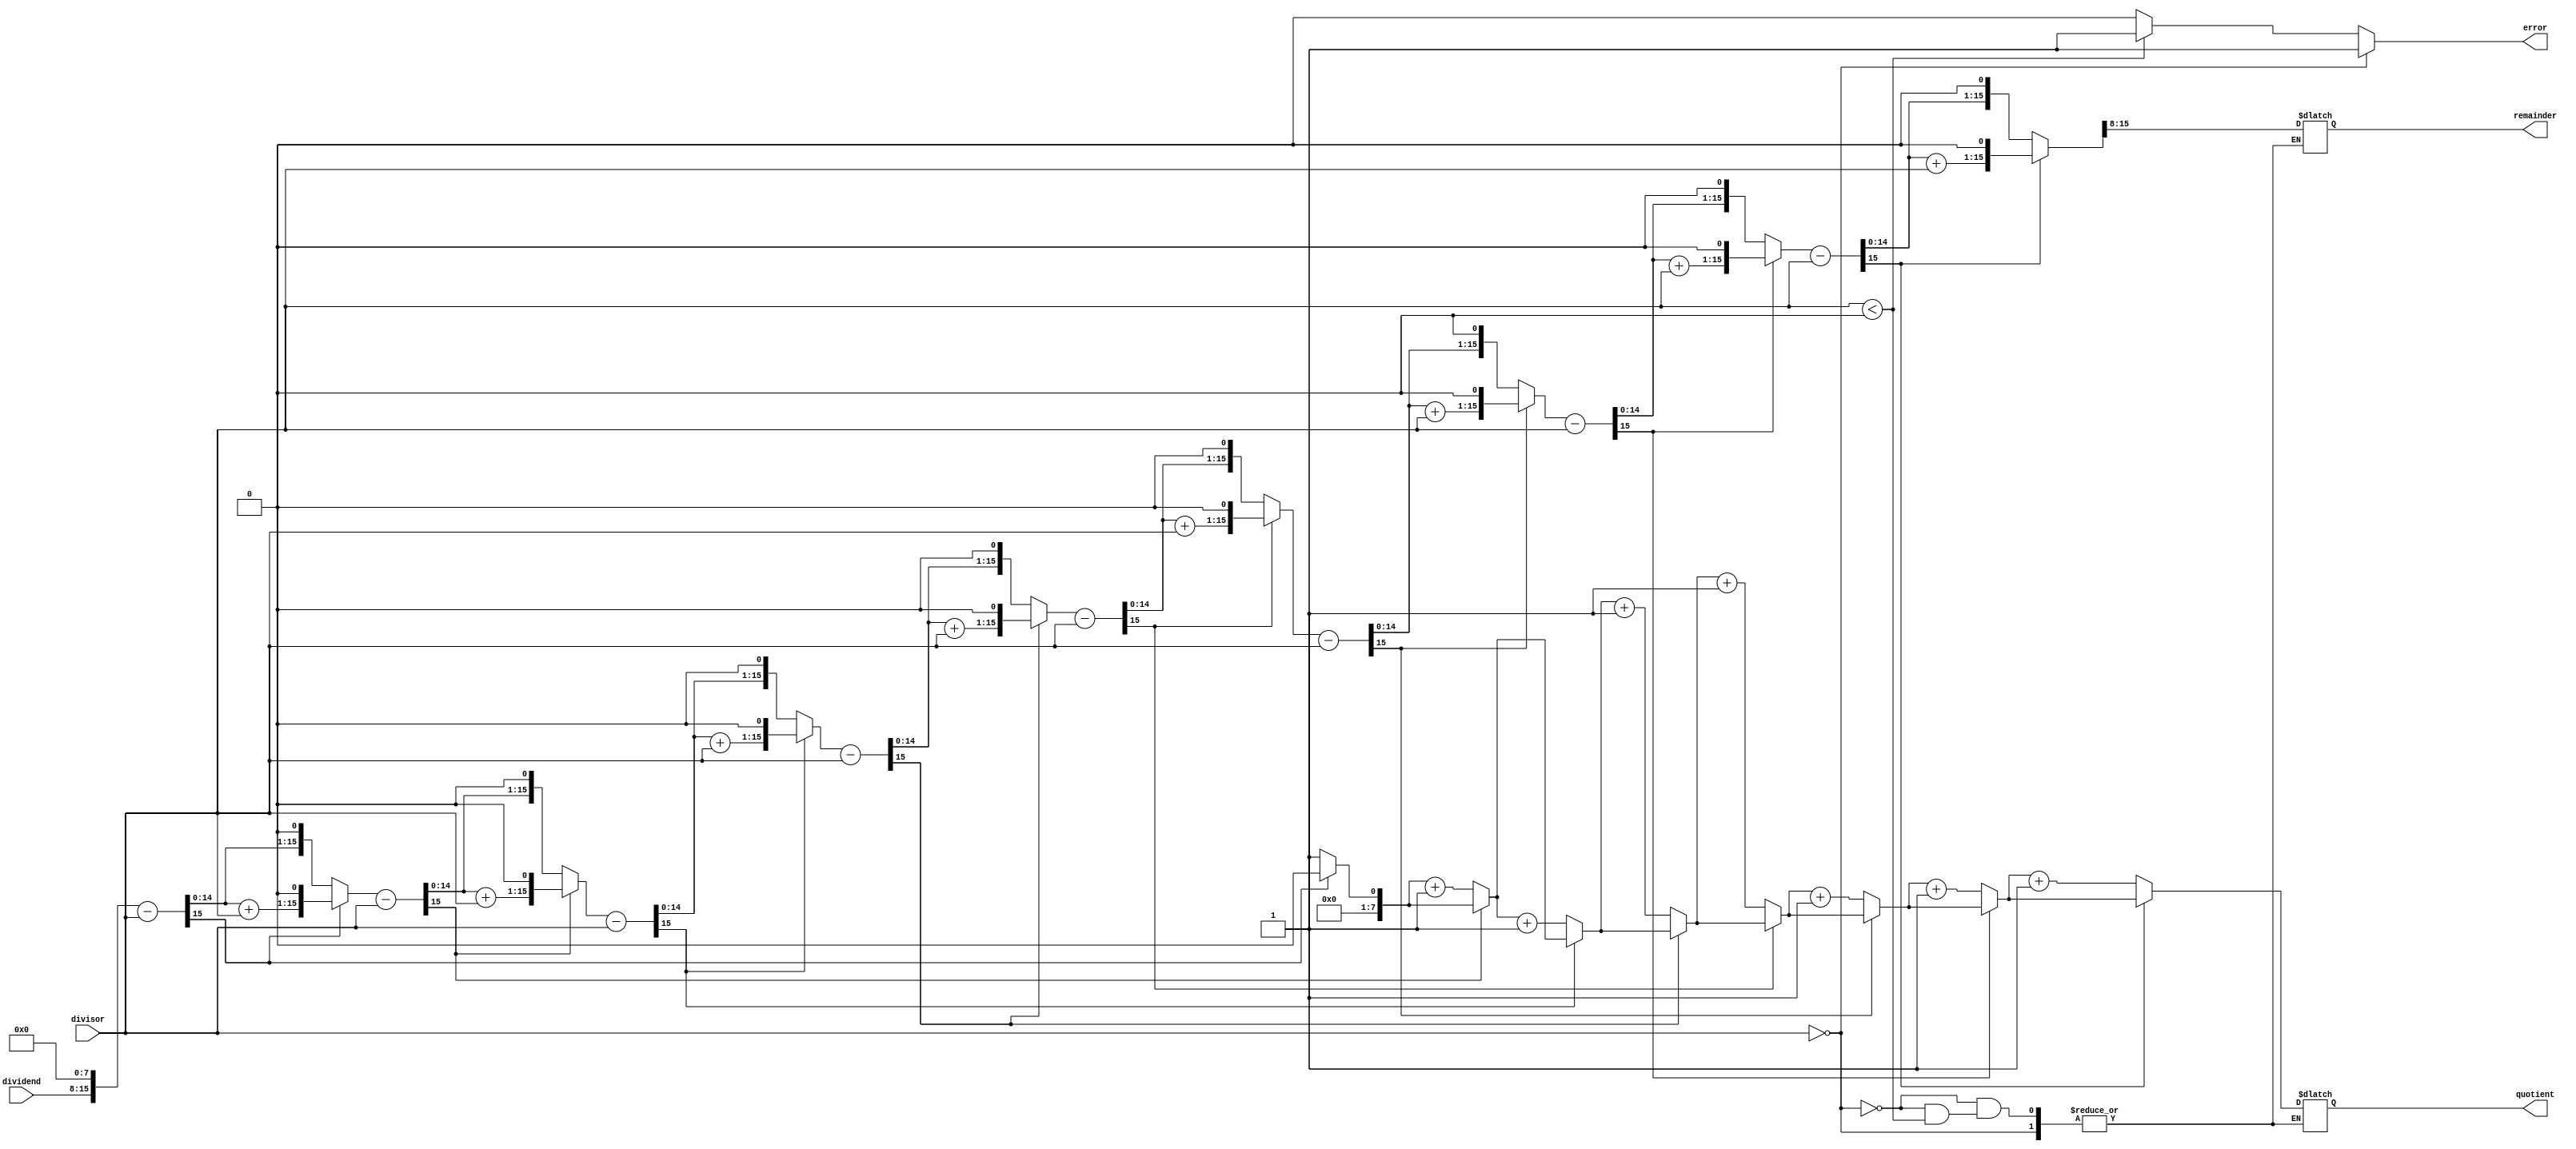
module Divider (
    input wire [7:0] dividend,
    input wire [7:0] divisor,
    output reg [7:0] quotient,
    output reg [7:0] remainder,
    output reg error
);

integer i;
reg [15:0] temp_dividend;

always @(*) begin
    temp_dividend = {dividend, 8'b0}; // Setting up the initial dividend

    if (divisor == 0) begin
        error = 1; // Error handling for divisor being zero
    end else if (divisor < 0) begin
        error = 1; // Error handling for divisor being negative
    end else begin
        error = 0;
        quotient = 0;
        
        for (i = 0; i < 8; i = i + 1) begin
            temp_dividend = temp_dividend - divisor;
            
            if (temp_dividend[15] == 0) begin
                temp_dividend = temp_dividend << 1;
                quotient = quotient + 1;
            end else begin
                temp_dividend = temp_dividend + divisor; // Undo previous subtraction
                temp_dividend = temp_dividend << 1;
            end
        end
        
        remainder = temp_dividend[15:8];
    end
end

endmodule